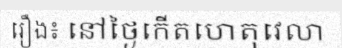
រឿង៖ នៅថ្ងៃកើតហេតុវេលា